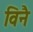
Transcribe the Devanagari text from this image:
विनै